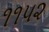
૧૧૫૨